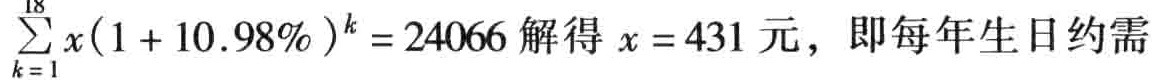
\(\sum_{k = 1}^{18} x(1 + 10.98\%)^{k} = 24066\) 解得 \(x = 431\) 元，即每年生日约需